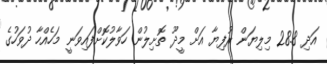
އަދި 28.8 މިލިޔަން ރުފިޔާ އަށް މީދޫ ތޮށިލުން ހަވާލުކޮށްފައިވަނީ މަހެއްހާ ދުވަހުގެ